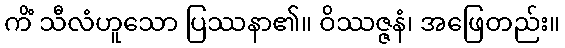
ကိံ သီလံဟူသော ပြဿနာ၏။ ဝိဿဇ္ဇနံ၊ အဖြေတည်း။